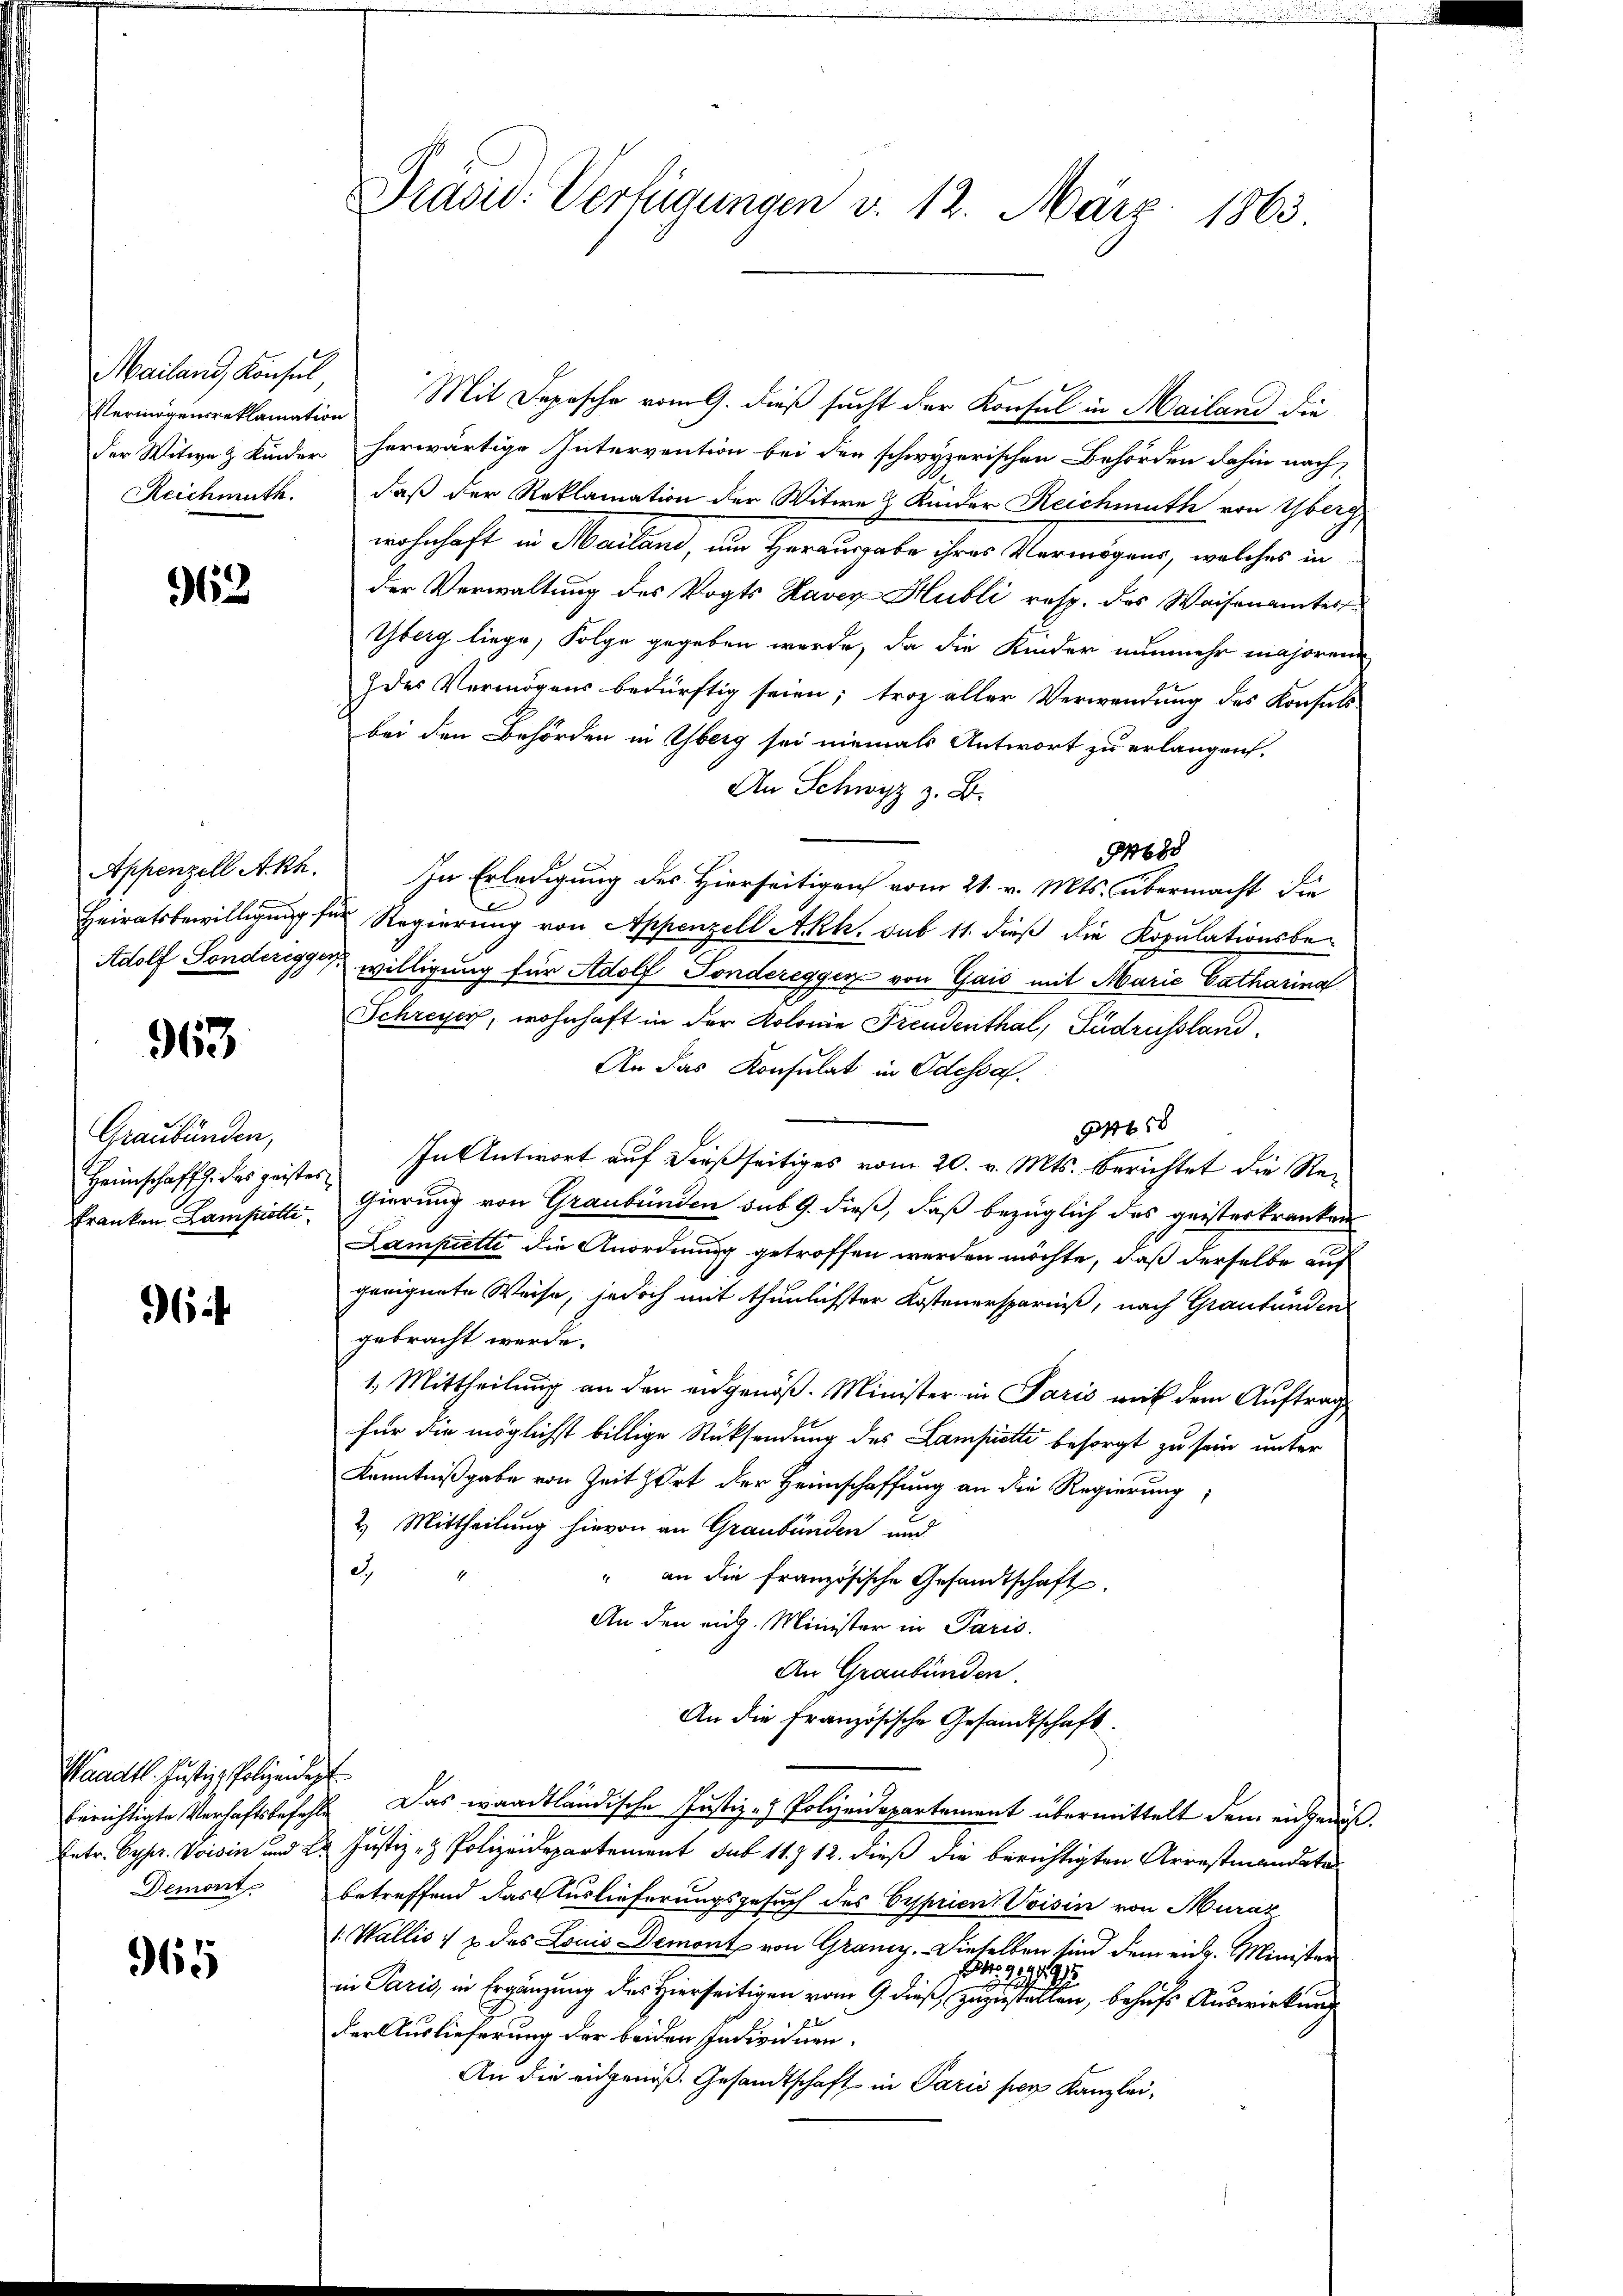
Mailand Konsul
Vermögensreklamation
Reichmuth.

962

963

Graubünden,

if

Waadt. Justiz, Polizeident
Demont

961

Mit Depesche vom 9. dieß sucht der Konsul in Mailand die
der Witwe & Kinder herwärtige Intervention bei der schwyzerischen Behörden dahin nach
daß der Reklamation der Witwe 2 Kinder Reichmuth von Yberg
wohnhaft in Mailand, um Herausgabe ihres Vermögens, welches in
der Verwaltung des Vogts Ravex-Hubli resp. das Waisenamter
Yberg liege, Folge gegeben wurde, da die Kinder nunmehr majoren
des Vermögens bedürftig seien; troz aller Verwendung des Konsuls
bei den Behörden in Yberg sei niemals Antwort zu erlangen.
An Schwyz z. B.
8888
Appenzell Akh. In Erledigung des Hierseitigen vom 21. v. Mts. übermacht die
Heiratsbewilligung für Regierung von Appenzell Akh. sub 11. dieß die Kopulationsbe¬
Adolf Sonderegger willigung für Adolf Fondereggen von Gais mit Marie Catharina
Schreyer, wohnhaft in der Kolonie Freudenthal, Gudrussland.
An das Konsulat in Odessa.
340 rt
Heimschafft. des geister, In Antwort auf dießseitiges vom 20. v. Mts. berichtet die Re¬
Franken Lampiotti gierung von Graubünden sub 9. dieß, daß bezüglich des geisterkranken
Lampitte die Anordnung getroffen werden möchte, daß derselbe auf
geeignete Weise, jedoch mit thunlichster Kosteuersparniß, nach Graubünden
gebracht werde.
1. Mittheilung an den angenoß. Minister in Paris mit dem Auftrag
für die möglichst billige Rücksendung des Lampiette besorgt zu sein unter
Kenntnißgabe von Zeit hort der Heimschaffung an die Regierung,
2. Mittheilung hievon an Graubünden und
d.
" an die französische Gesandtschaft
An den eidg. Minister in Paris.
An Graubünden.
An die Französische Gesandtschaft.
berichtigte Verhaftsbefehle. Das waadtländische Justiz - Polizeidepartement übermittelt dem eidgenöß¬
Entr. Gypr. Voisin und 2. Justiz- & Polizeidepartement sub 11. 12. dieß die berichtigten Arrestmandate
betreffend das Auslieferungsgesuch des Cyprien Voisin von Muraz
1. Wallis, & das Louis Demont von Graniz. Dieselben sind dem eidg. Minister

in Paris, in Ergänzung des Hierseitigen vom 9. dieß zuzustellen, behufs Auswirkung
der Auslieferung der beiden Individuen.
An die eingenoß. Gesandtschaft in Paris sie Kanzlei¬

Präsid. Verfügungen v. 12. März 1863.